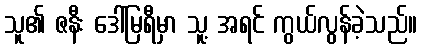
သူ၏ ဇနီး ဒေါ်မြရီမှာ သူ့ အရင် ကွယ်လွန်ခဲ့သည်။